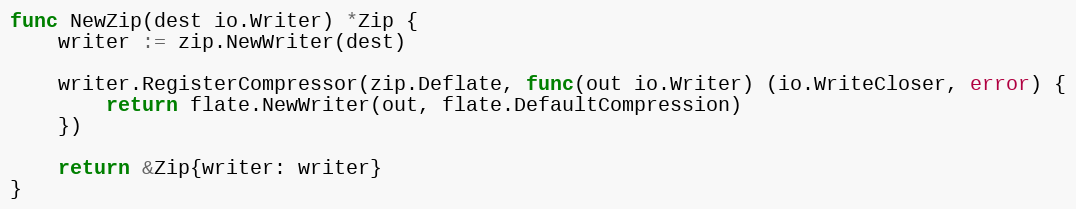
Language: Go
func NewZip(dest io.Writer) *Zip {
	writer := zip.NewWriter(dest)

	writer.RegisterCompressor(zip.Deflate, func(out io.Writer) (io.WriteCloser, error) {
		return flate.NewWriter(out, flate.DefaultCompression)
	})

	return &Zip{writer: writer}
}